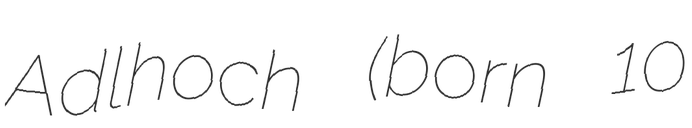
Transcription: Adlhoch (born 10